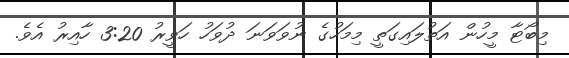
މިބޯޓާ މީހުން އަތުލައިގަތީ މިމަހުގެ ނުވަވަނަ ދުވަހު ހަވީރު 3:20 ހާއިރު އެވެ.